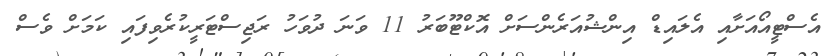
އެސްޓީއޯއަށާއި އެލައިޑް އިންޝުއަރެންސަށް އޮކްޓޫބަރު 11 ވަނަ ދުވަހު ރަޖިސްޓަރީކުރެވިފައި ކަމަށް ވެސް